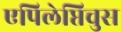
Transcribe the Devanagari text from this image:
एपिलेप्तिचुस